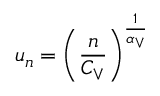
u _ { n } = \left( \frac { n } { C _ { \vee } } \right) ^ { \frac { 1 } { \alpha _ { \vee } } }